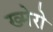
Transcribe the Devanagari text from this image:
ख्मेरो